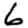
Digit: 6